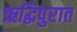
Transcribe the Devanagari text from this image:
ऋद्धिपुरात